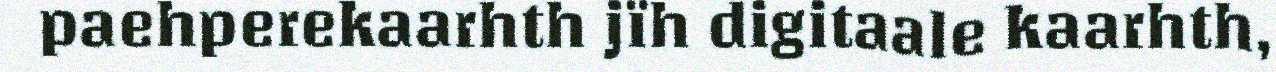
paehperekaarhth jïh digitaale kaarhth,